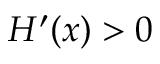
H ^ { \prime } ( x ) > 0